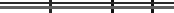
٨٨